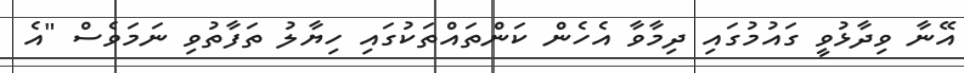
އޭނާ ވިދާޅުވީ ގައުމުގައި ދިމާވާ އެހެން ކަންތައްތަކުގައި ހިޔާލު ތަފާތުވި ނަމަވެސް "އެ